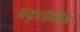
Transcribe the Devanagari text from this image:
प्रकृतीचेनि